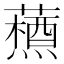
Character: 𮒞